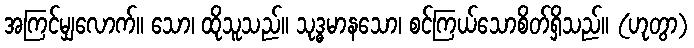
အကြင်မျှလောက်။ သော၊ ထိုသူသည်။ သုဒ္ဓမာနသော၊ စင်ကြယ်သောစိတ်ရှိသည်။ (ဟုတွာ)